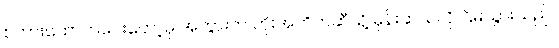
စကားထောက်ပေးတော့မှ အဘွားက ဟိုးအတိတ်ဆီသို့ မှန်းဆသလို ငြိမ်သွားသည်။